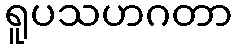
ရူပသဟဂတာ